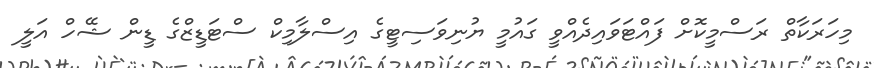
މިހަރަކާތް ރަސްމީކޮށް ފައްޓަވައިދެއްވީ ގައުމީ ޔުނިވަސިޓީގެ އިސްލާމިކް ސްޓަޑީޒްގެ ޑީން ޝޭހް އަލީ